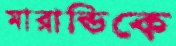
মারান্ডিকে